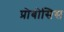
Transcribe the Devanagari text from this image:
प्रोबोसिस